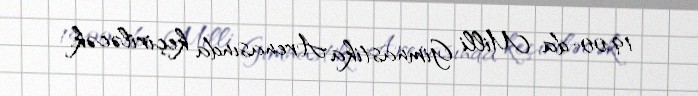
19:00-da Milli Gimnastika Arenasında keçiriləcək.